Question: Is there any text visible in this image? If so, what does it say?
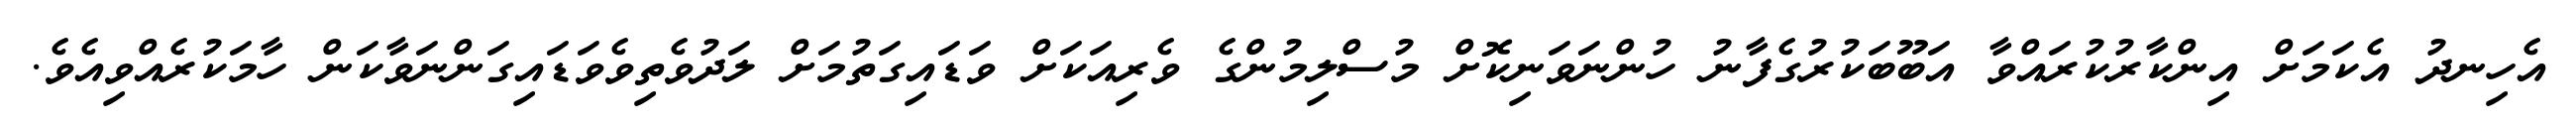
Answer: އެހިނދު އެކަމަށް އިންކާރުކުރައްވާ އަބޫބަކުރުގެފާނު ހުންނަވަނިކޮށް މުސްލިމުންގެ ވެރިއަކަށް ވަޑައިގަތުމަށް ލަދުވެތިވެވަޑައިގަންނަވާކަން ހާމަކުރެއްވިއެވެ.